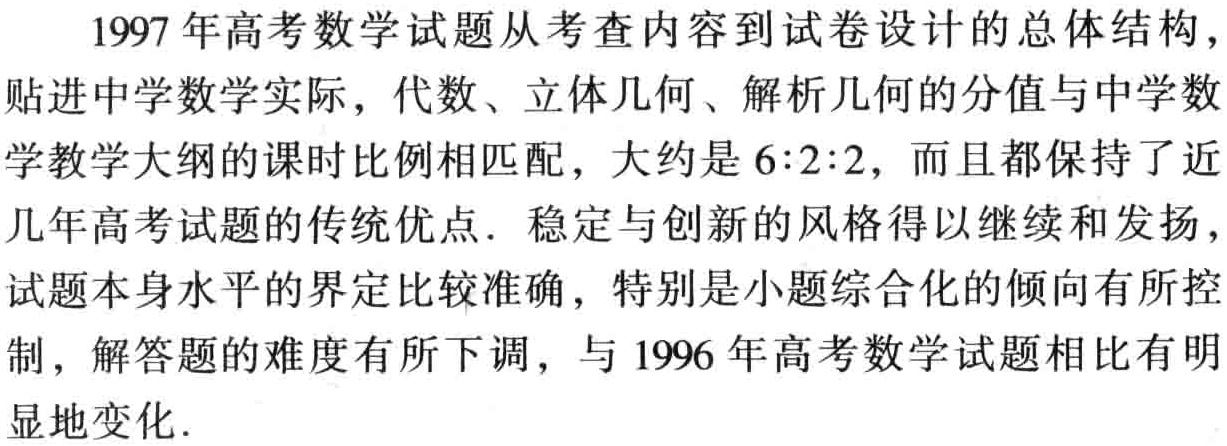
1997年高考数学试题从考查内容到试卷设计的总体结构，贴近中学数学实际，代数、立体几何、解析几何的分值与中学数学教学大纲的课时比例相匹配，大约是$6:2:2$，而且都保持了近几年高考试题的传统优点．稳定与创新的风格得以继续和发扬，试题本身水平的界定比较准确，特别是小题综合化的倾向有所控制，解答题的难度有所下调，与1996年高考数学试题相比有明显地变化．